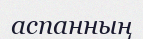
аспанның